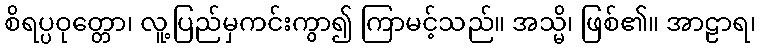
စိရပ္ပဝုတ္တော၊ လူ့ပြည်မှကင်းကွာ၍ ကြာမင့်သည်။ အသ္မိ၊ ဖြစ်၏။ အာဠာရ၊